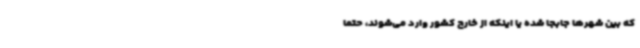
که بین شهرها جابجا شده یا اینکه از خارج کشور وارد می‌شوند، حتماً